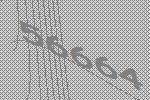
56664